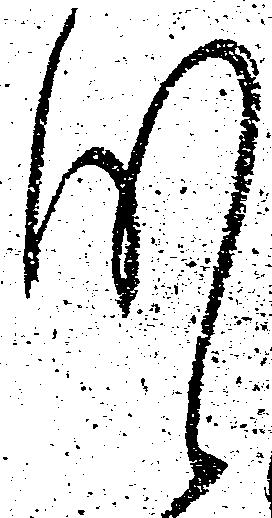
肝